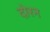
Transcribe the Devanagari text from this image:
दोरन